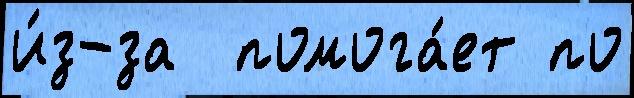
и́з-за  помога́ет по